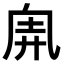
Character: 𠂸